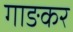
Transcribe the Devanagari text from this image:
गाङकर